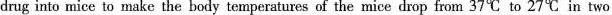
drug into mice to make the body temperatures of the mice drop from 37℃ to 27℃ in two